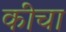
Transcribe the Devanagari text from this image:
कींचा